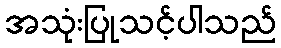
အသုံးပြုသင့်ပါသည်